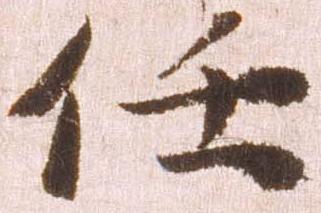
任